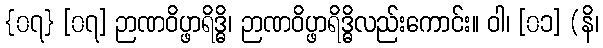
{၀၇} [၀၇] ဉာဏဝိပ္ဖာရိဒ္ဓိ၊ ဉာဏဝိပ္ဖာရိဒ္ဓိလည်းကောင်း။ ဝါ၊ [၀၁] (နိ၊